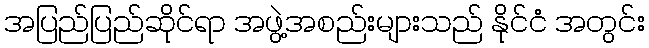
အပြည်ပြည်ဆိုင်ရာ အဖွဲ့အစည်းများသည် နိုင်ငံ အတွင်း